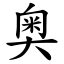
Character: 奥